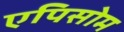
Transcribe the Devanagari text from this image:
एपिसोम